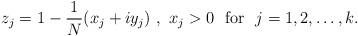
LaTeX: \begin{align*}z_j=1-\frac1N (x_j+iy_j)\ ,\ x_j>0 \ \ \mbox{for} \ \ j=1,2,\ldots,k.\end{align*}